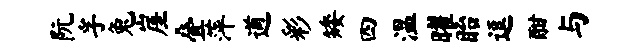
阮孚兔崖叠萍遒彩矮四温曜眙逗酣与